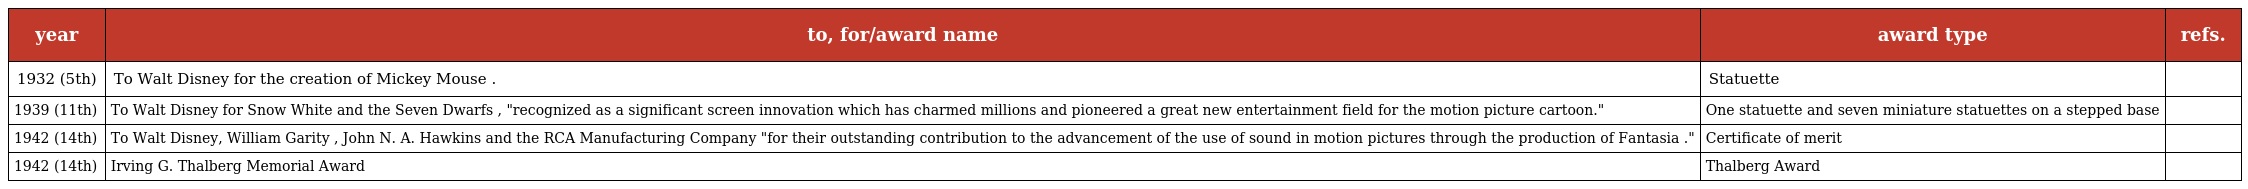
| year | to, for/award name | award type | refs. |
 | --- | --- | --- | --- |
 | 1932 (5th) | To Walt Disney for the creation of Mickey Mouse . | Statuette |  |
 | 1939 (11th) | To Walt Disney for Snow White and the Seven Dwarfs , "recognized as a significant screen innovation which has charmed millions and pioneered a great new entertainment field for the motion picture cartoon." | One statuette and seven miniature statuettes on a stepped base |  |
 | 1942 (14th) | To Walt Disney, William Garity , John N. A. Hawkins and the RCA Manufacturing Company "for their outstanding contribution to the advancement of the use of sound in motion pictures through the production of Fantasia ." | Certificate of merit |  |
 | 1942 (14th) | Irving G. Thalberg Memorial Award | Thalberg Award |  |